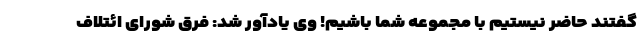
گفتند حاضر نیستیم با مجموعه شما باشیم! وی یادآور شد: فرق شورای ائتلاف